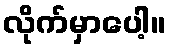
လိုက်မှာပေါ့။